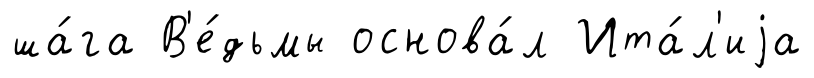
ша́га В'е́дьмы основа́л Ита́л'иjа